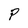
Character: P